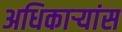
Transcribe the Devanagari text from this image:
अधिकाऱ्यांस